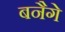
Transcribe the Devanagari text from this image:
बनैगे